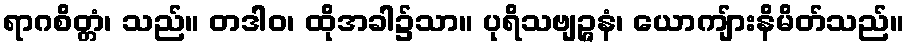
ရာဂစိတ္တံ၊ သည်။ တဒါဝ၊ ထိုအခါ၌သာ။ ပုရိသဗျဉ္ဇနံ၊ ယောကျ်ားနိမိတ်သည်။